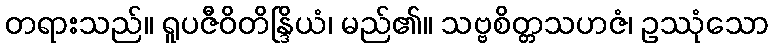
တရားသည်။ ရူပဇီဝိတိန္ဒြိယံ၊ မည်၏။ သဗ္ဗစိတ္တသဟဇံ၊ ဥဿုံသော